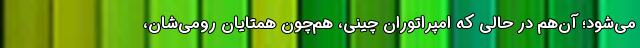
می‌شود؛ آن‌هم در حالی که امپراتورانِ چینی، هم‌چون همتایان رومی‌شان،